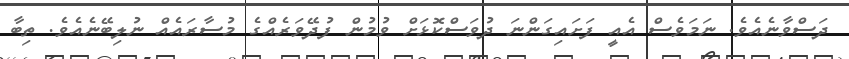
ދަސްވާނެއެވެ. ނަމަވެސް އެއީ ފަށައިގަންނަ ދުވަސްކޮޅަށް ވުމުން ފުދޭވަރެއްގެ މުސާރައެއް ނުލިބޭނެއެވެ. ތިބާ